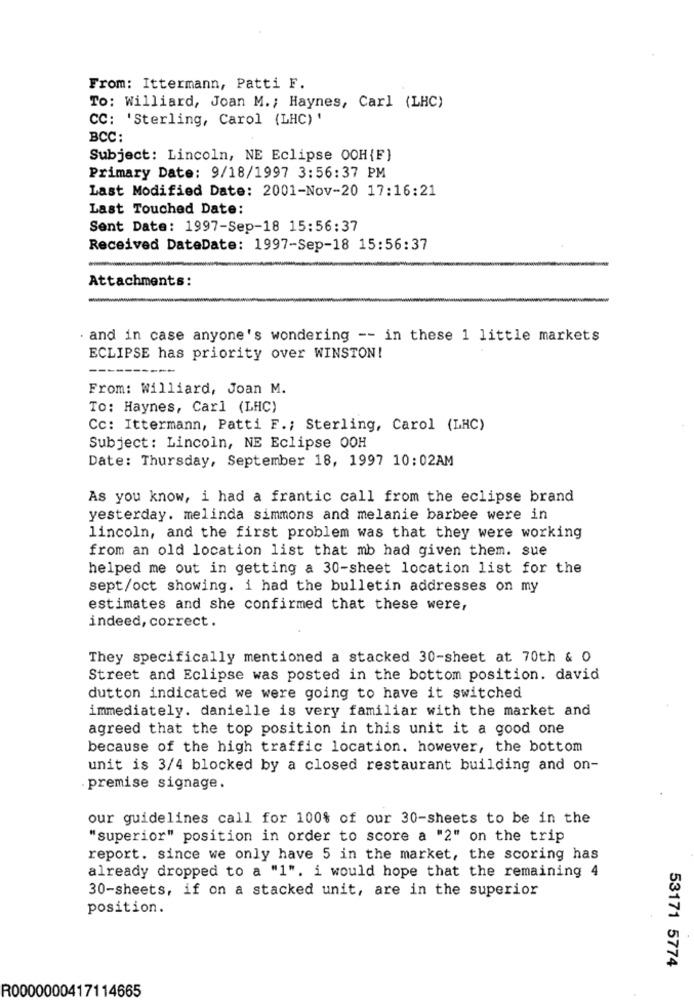
From: Ittermann, Patti F.
To: Williard, Joan M .; Haynes, Carl (LHC)
CC: 'Sterling, Carol (LHC) '
BCC:
Subject: Lincoln, NE Eclipse OCH{F}
Primary Date: 9/18/1997 3:56:37 PM
Last Modified Date: 2001-Nov-20 17:16:21
Last Touched Date:
Sent Date: 1997-Sep-18 15:56:37
Received DateDate: 1997-Sep-18 15:56:37
Attachments:
· and in case anyone's wondering -- in these 1 little markets
ECLIPSE has priority over WINSTON!
From: Williard, Joan M.
To: Haynes, Carl (LHC)
Cc: Ittermann, Patti F .; Sterling, Carol (LHC)
Subject: Lincoln, NE Eclipse OOH
Date: Thursday, September 18, 1997 10:02AM
As you know, i had a frantic call from the eclipse brand
yesterday. melinda simmons and melanie barbee were in
lincoln, and the first problem was that they were working
from an old location list that mb had given them. sue
helped me out in getting a 30-sheet location list for the
sept/oct showing. i had the bulletin addresses on my
estimates and she confirmed that these were,
indeed, correct.
They specifically mentioned a stacked 30-sheet at 70th & 0
Street and Eclipse was posted in the bottom position. david
dutton indicated we were going to have it switched
immediately. danielle is very familiar with the market and
agreed that the top position in this unit it a good one
because of the high traffic location. however, the bottom
unit is 3/4 blocked by a closed restaurant building and on-
premise signage.
our guidelines call for 100% of our 30-sheets to be in the
"superior" position in order to score a "2" on the trip
report. since we only have 5 in the market, the scoring has
already dropped to a "1". i would hope that the remaining 4
30-sheets, if on a stacked unit, are in the superior
position.
53171 5774
R0000000417114665